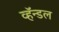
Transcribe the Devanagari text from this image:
व्हॅन्डल